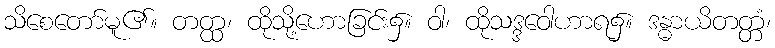
သိစေတော်မူ၏။ တတ္ထ၊ ထိုသို့ဟောခြင်း၌။ ဝါ၊ ထိုသဒ္ဒဝေါဟာရ၌။ ဒန္ဓာယိတတ္တံ၊